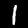
Digit: 1